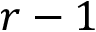
r - 1